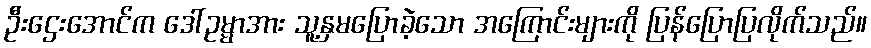
ဦးဌေးအောင်က ဒေါ်ဥမ္မာအား သူ့နှမပြောခဲ့သော အကြောင်းများကို ပြန်ပြောပြလိုက်သည်။